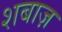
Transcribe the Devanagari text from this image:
शबाज़